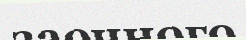
заочного